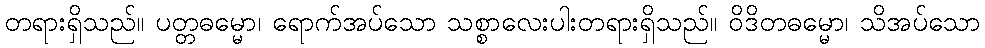
တရားရှိသည်။ ပတ္တဓမ္မော၊ ရောက်အပ်သော သစ္စာလေးပါးတရားရှိသည်။ ဝိဒိတဓမ္မော၊ သိအပ်သော